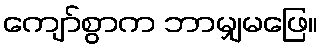
ကျော်စွာက ဘာမျှမဖြေ။